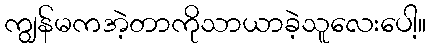
ကျွန်မကအဲ့တာကိုသာယာခဲ့သူလေးပေါ့။